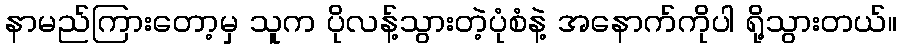
နာမည်ကြားတော့မှ သူက ပိုလန့်သွားတဲ့ပုံစံနဲ့ အနောက်ကိုပါ ရို့သွားတယ်။